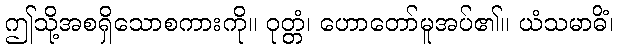
ဤသို့အစရှိသောစကားကို။ ဝုတ္တံ၊ ဟောတော်မူအပ်၏။ ယံသမာဓိံ၊